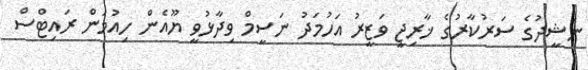
ނަޝީދުގެ ސަރުކާރުގެ ޚާރިޖީ ވަޒީރު އަހުމަދު ނަސީމް ވިދާޅުވީ ޔޫއެން ހިއުމަން ރައިޓްސް